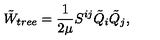
\tilde { W } _ { t r e e } = \frac { 1 } { 2 \mu } S ^ { i j } \tilde { Q } _ { i } \tilde { Q } _ { j } ,